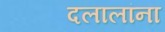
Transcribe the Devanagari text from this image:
दलालांना